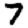
Digit: 7